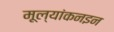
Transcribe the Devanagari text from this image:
मूल्यांकनइन